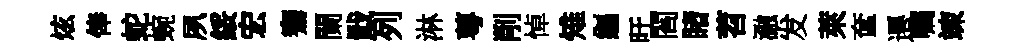
炫俸蛇蜿夙綏宏騫闌戢列淋萼削悼雉纒旴閻睹苕瀜发萊奩遷嘱竦